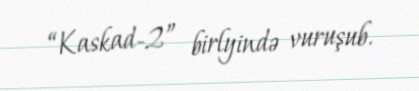
“Kaskad-2” birlyində vuruşub.